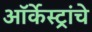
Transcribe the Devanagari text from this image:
ऑर्केस्ट्रांचे